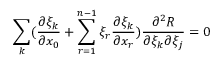
\sum _ { k } ( \frac { \partial \xi _ { k } } { \partial x _ { 0 } } + \sum _ { r = 1 } ^ { n - 1 } \xi _ { r } \frac { \partial \xi _ { k } } { \partial x _ { r } } ) \frac { \partial ^ { 2 } R } { \partial \xi _ { k } \partial \xi _ { j } } = 0